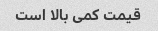
قیمت کمی بالا است